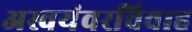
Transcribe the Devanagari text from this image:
अस्वयंवरविवाह